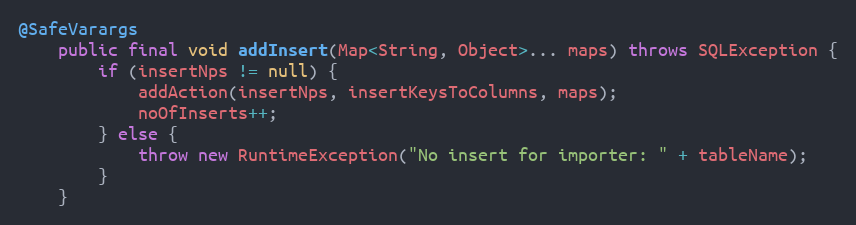
Language: Java
@SafeVarargs
	public final void addInsert(Map<String, Object>... maps) throws SQLException {
		if (insertNps != null) {
			addAction(insertNps, insertKeysToColumns, maps);
			noOfInserts++;
		} else {
			throw new RuntimeException("No insert for importer: " + tableName);
		}
	}